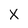
Character: X